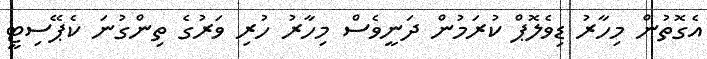
އެގޮތުން މިހާރު ޑިވެލޮޕް ކުރަމުން ދަނީވެސް މިހާރު ހުރި ވަރުގެ ތިންގުނަ ކެޕޭސިޓީ